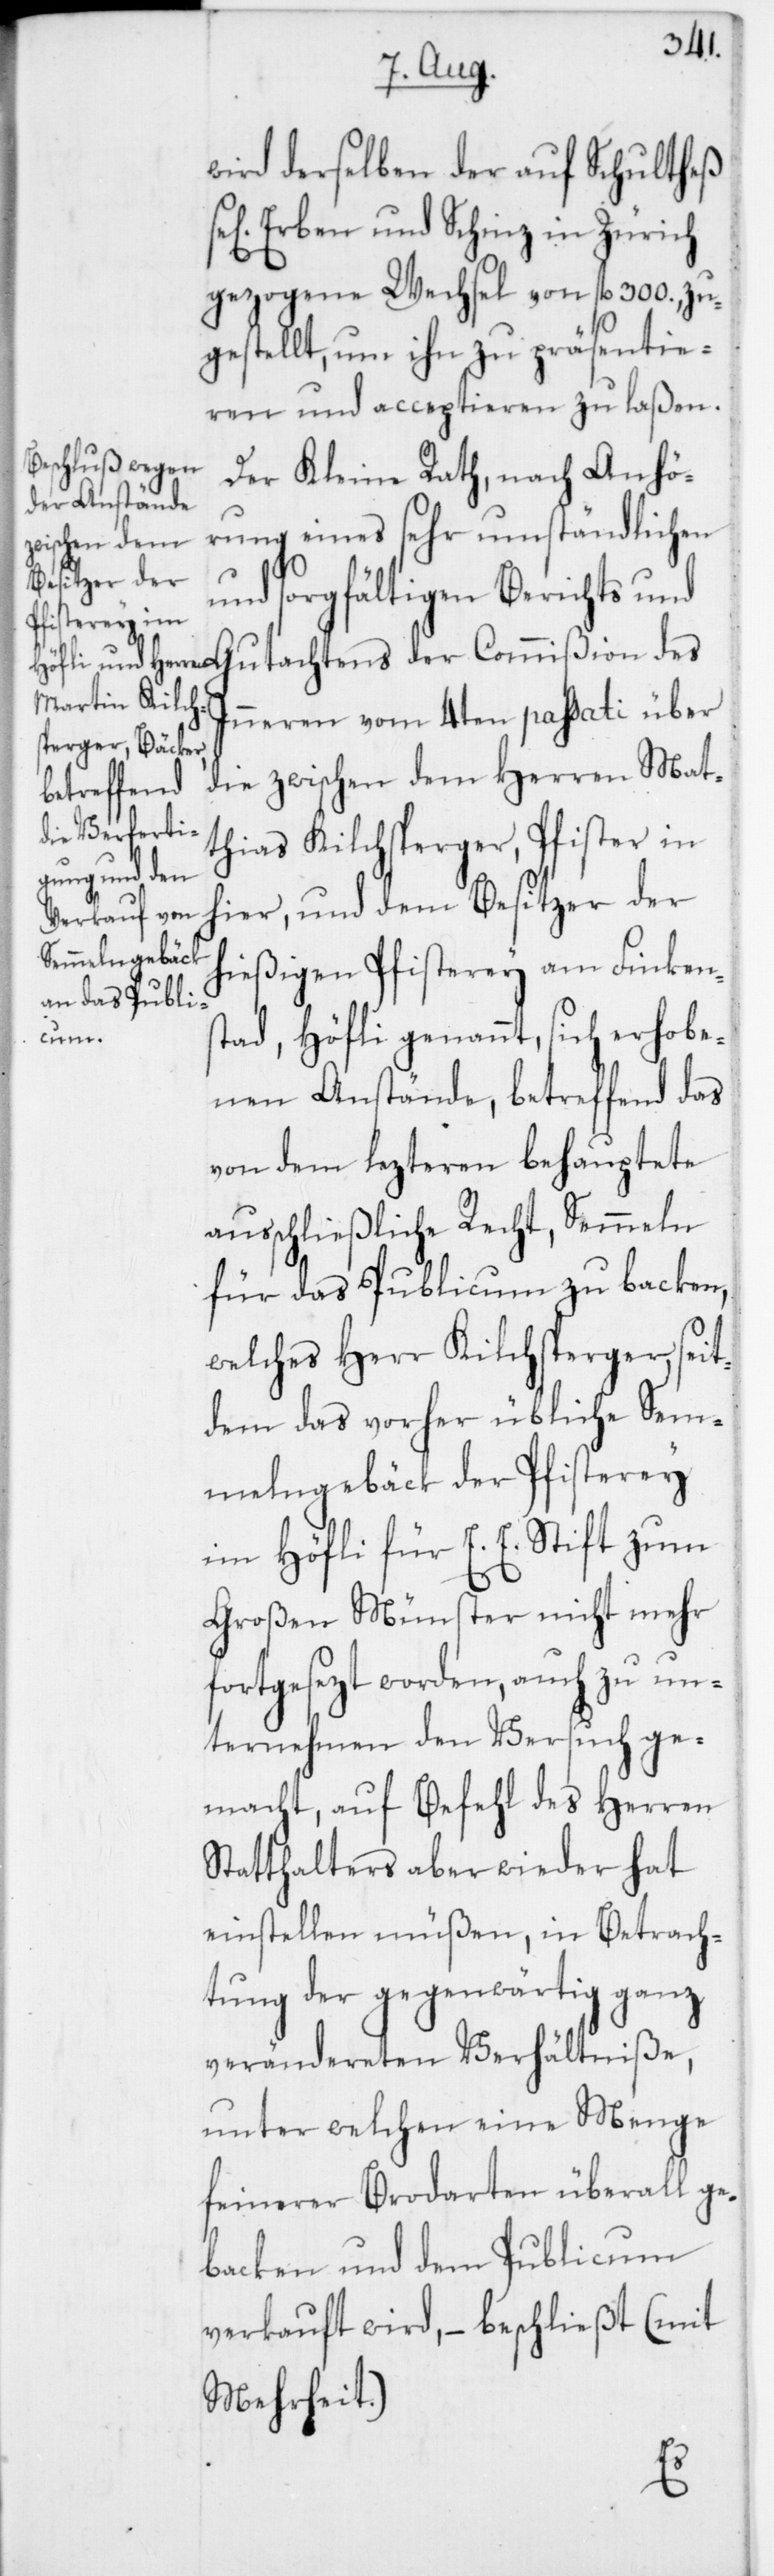
wird derselben der auf Schultheß
Erben und Schinz in Zürich
gezogene Wechsel von fl. 300. zu¬
gestellt, um ihn zu präsentie¬
ren und acceptieren zu laßen.
Der Kleine Rath, nach Anhö¬
rung eines sehr umständlichen
und sorgfältigen Berichts und
Inneren vom 4ten passati über
die zwischen dem Herren Mat¬
thias Kilchsperger, Pfister in
hier, und dem Besitzer der
hießigen Pfisterey am Finkens¬
tad, Höfli genannt, sich erhobe¬
nen Anstände, betreffend das
von dem lezteren behauptete
ausschließliche Recht, Semmeln
für das Publicum zu backen,
welches Herr Kilchsperger, seit¬
dem das vorher übliche Sem¬
melngebäck der Pfisterey
im Höfli für E. E. Stift zum
Großen Münster nicht mehr
fortgesezt worden, auch zu un¬
ternehmen den Versuch ge¬
macht, auf Befehl des Herren
Statthalters aber wieder hat
einstellen müßen, in Betrach¬
tung der gegenwärtig ganz
verändereten Verhältniße,
unter welchen eine Menge
feinerer Brodarten überall ge¬
backen und dem Publicum
verkauft wird, – beschließt (mit
Mehrheit):